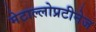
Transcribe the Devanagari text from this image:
मेटाल्लोप्रटीनेज